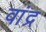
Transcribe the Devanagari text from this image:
वांद्र